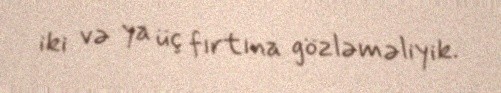
iki və ya üç fırtına gözləməliyik.